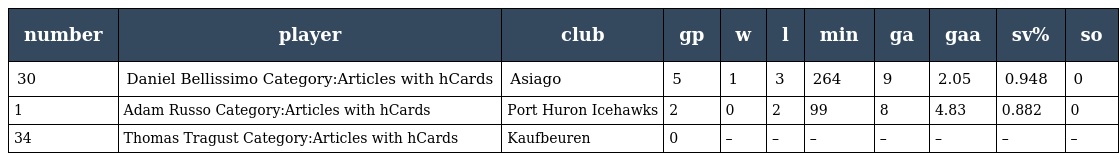
| number | player | club | gp | w | l | min | ga | gaa | sv% | so |
 | --- | --- | --- | --- | --- | --- | --- | --- | --- | --- | --- |
 | 30 | Daniel Bellissimo Category:Articles with hCards | Asiago | 5 | 1 | 3 | 264 | 9 | 2.05 | 0.948 | 0 |
 | 1 | Adam Russo Category:Articles with hCards | Port Huron Icehawks | 2 | 0 | 2 | 99 | 8 | 4.83 | 0.882 | 0 |
 | 34 | Thomas Tragust Category:Articles with hCards | Kaufbeuren | 0 | – | – | – | – | – | – | – |